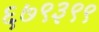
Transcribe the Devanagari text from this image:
६७९३९९